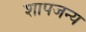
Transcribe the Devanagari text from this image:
शापजन्य